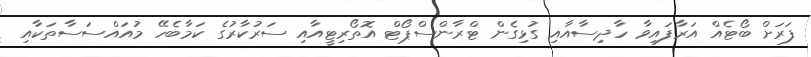
ފަރަށް ބޯޓެއް އަރާފައިވާ ހާދިސާއާއި ގުޅިގެން ޓްރާންސްޕޯޓް އޮތޯރިޓީއާއި ސަރުކާރުގެ ކަމާބެހޭ މުއައްސަސާތަކާއި